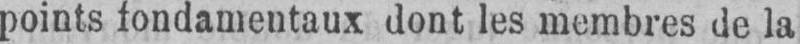
points fondamentaux dont les membres de la